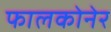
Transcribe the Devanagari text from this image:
फालकोनेर